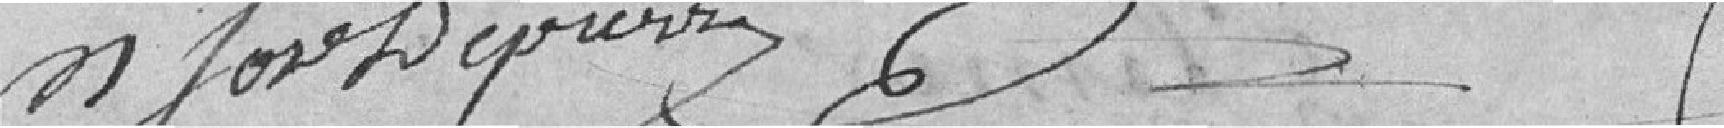
signature illisible